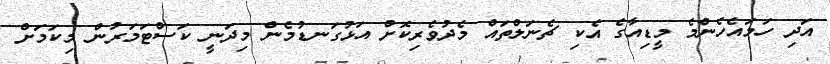
އަދި ހަމައެހެންމެ މީޑިއާގެ އެކި ޗެނަލްތައް މެދުވެރިކޮށް އަޅުގަނޑުމެން މިދަނީ ކަސްޓަމަރުން މިކަމަށް